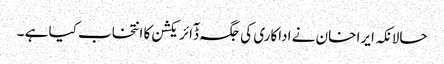
حالانکہ ایرا خان نے اداکاری کی جگہ ڈٓائریکشن کا انتخاب کیا ہے ۔